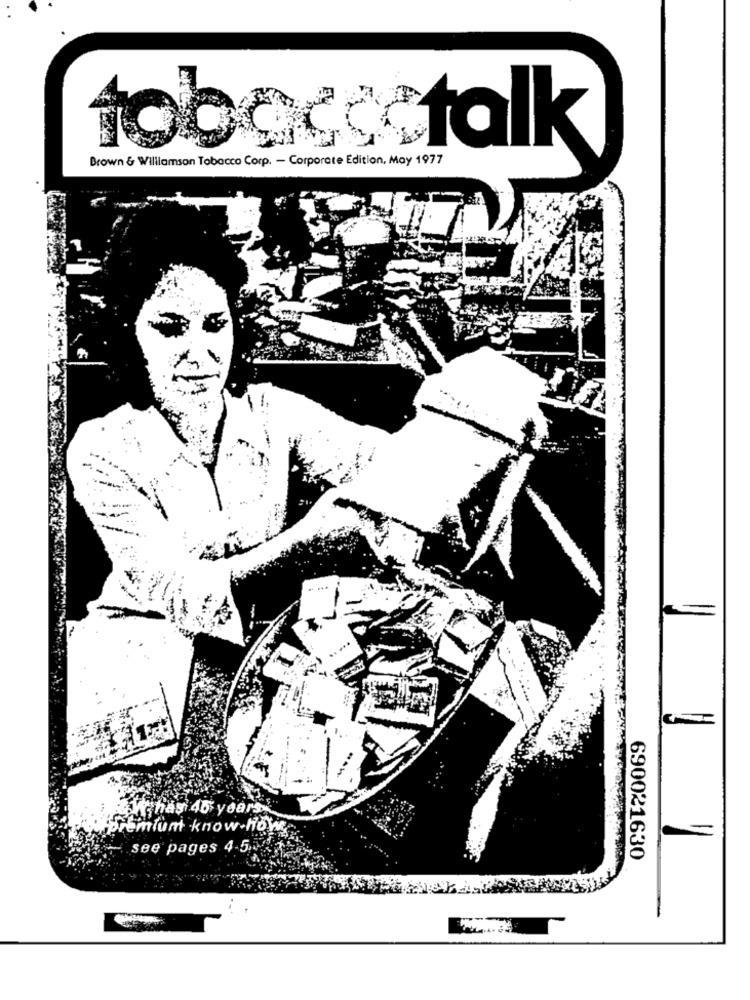
Brown & Williamson Tobacco Corp. - Corporate Edition, May 1977
tobece talk
.. ...
W has 45 years.
Premium know-How
see pages 4-5.1.
690021630